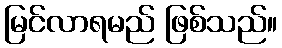
မြင်လာရမည် ဖြစ်သည်။